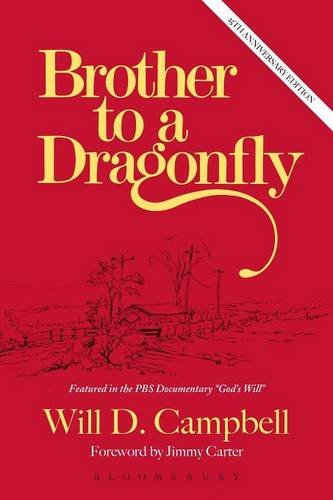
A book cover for Brother to a Dragonfly: 25th Anniversary Edition; Will Campbell; Christian Books & Bibles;